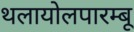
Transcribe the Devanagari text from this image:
थलायोलपारम्बू